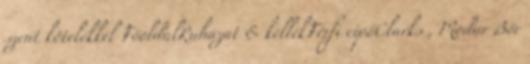
szent kötelékkel FőoldalRuházat & kellékFérfi cipőClarks , Modur Bőr